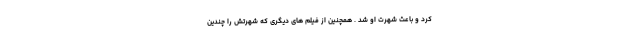
کرد و باعث شهرت او شد . همچنین از فیلم های دیگری که شهرتش را چندین